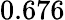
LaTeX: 0.676